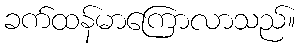
ခက်ထန်မာကြောလာသည်။